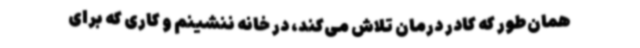
همان‌طور که کادر درمان تلاش می‌کند، در خانه ننشینم و کاری که برای